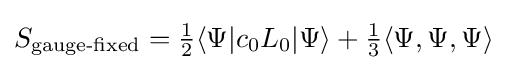
S_{\text{gauge-fixed}}={\tfrac {1}{2}}\langle \Psi |c_{0}L_{0}|\Psi \rangle +{\tfrac {1}{3}}\langle \Psi ,\Psi ,\Psi \rangle \